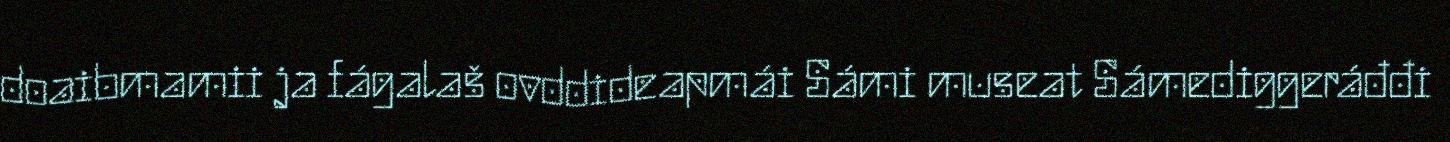
doaibmamii ja fágalaš ovddideapmái Sámi museat Sámediggeráđđi